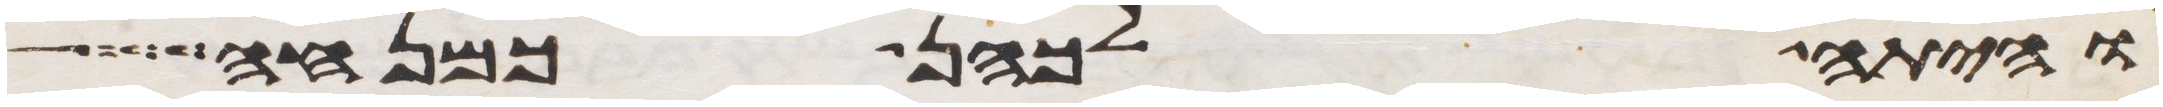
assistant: והיתה לכהן כמנחה